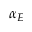
\alpha _ { E }